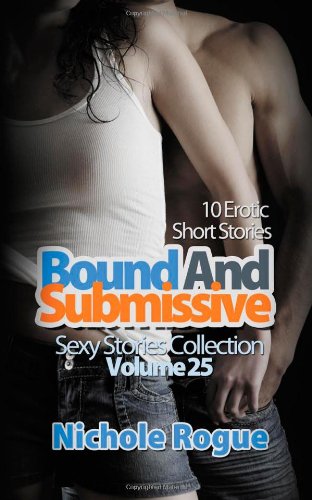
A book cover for Bound and Submissive: 10 Erotic Short Stories (Sexy Stories Collection) (Volume 25); Nichole Rogue; Romance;